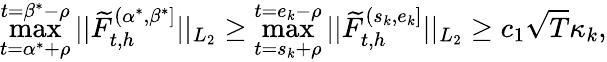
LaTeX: \operatorname*{max}_{t=\alpha^{*}+\rho}^{t=\beta^{*}-\rho}\vert\vert\widetilde F_{t,h}^{(\alpha^{*},\beta^{*}]}\vert\vert_{L_{2}}\ge\operatorname*{max}_{t=s_{k}+\rho}^{t=e_{k}-\rho}\vert\vert\widetilde F_{t,h}^{(s_{k},e_{k}]}\vert\vert_{L_{2}}\ge c_{1}\sqrt{T}\kappa_{k},